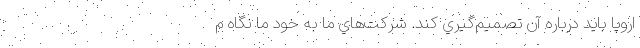
اروپا بايد درباره آن تصميم‌گيري كند. شركت‌هاي ما به خود ما نگاه م